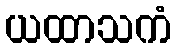
ယထာသကံ